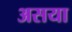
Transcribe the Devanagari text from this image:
असया